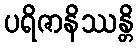
ပရိဇာနိဿန္တိ